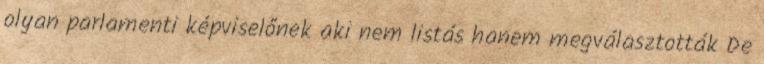
olyan parlamenti képviselőnek aki nem listás hanem megválasztották De